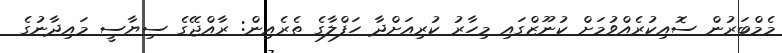
މެމްބަރުން ސޮއިކުރެއްވުމަށް ކުނޫޒްގައި މިހާރު ކުރިއަށްދާ ހަފްލާގެ ތެރެއިން: ރާއްޖޭގެ ސިޔާސީ މައިދާނުގެ